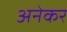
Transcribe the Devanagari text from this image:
अनेकर